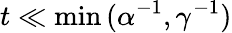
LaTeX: t\ll\operatorname*{min}{(\alpha^{-1},\gamma^{-1})}